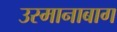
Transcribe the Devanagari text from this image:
उस्मानाबाग